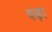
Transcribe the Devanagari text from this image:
पड़़ा